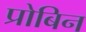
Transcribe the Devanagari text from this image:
प्रोबिन